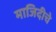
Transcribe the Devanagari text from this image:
माजिदीचे